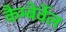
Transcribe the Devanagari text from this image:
कैम्बेर्वेल